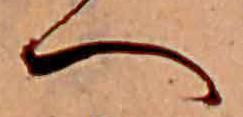
へ